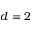
d = 2